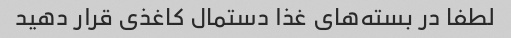
لطفا در بسته‌های غذا دستمال کاغذی قرار دهید